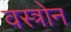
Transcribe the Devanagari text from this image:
वस्त्रोन